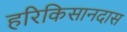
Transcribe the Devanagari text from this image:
हरिकिसानदास